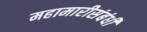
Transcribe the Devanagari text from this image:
महामारीसंबंधी